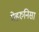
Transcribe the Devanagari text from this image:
मेहरुनिसा